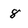
Character: 8